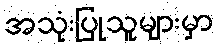
အသုံးပြုသူများမှာ